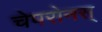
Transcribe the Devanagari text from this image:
चेपरोनस्